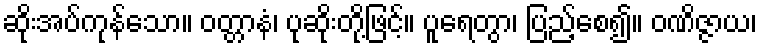
ဆိုးအပ်ကုန်သော။ ဝတ္တာနံ၊ ပုဆိုးတို့ဖြင့်။ ပူရေတွာ၊ ပြည့်စေ၍။ ဝဏိဇ္ဇာယ၊